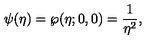
\psi ( \eta ) = \wp ( \eta ; 0 , 0 ) = { \frac { 1 } { \eta ^ { 2 } } } ,